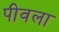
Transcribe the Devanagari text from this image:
पीवला